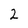
Character: 2